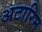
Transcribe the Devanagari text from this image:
अटारिन